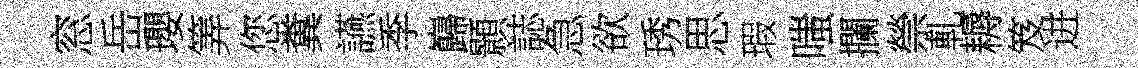
窓岳瓔筭您糞讌季巋顥誌急欲琇思瑕嗤攔禜軋耨笈进